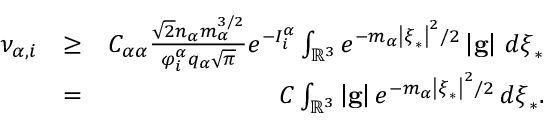
\begin{array} { r l r } { \nu _ { \alpha , i } } & { \geq } & { C _ { \alpha \alpha } \frac { \sqrt { 2 } n _ { \alpha } m _ { \alpha } ^ { 3 / 2 } } { \varphi _ { i } ^ { \alpha } q _ { \alpha } \sqrt { \pi } } e ^ { - I _ { i } ^ { \alpha } } \int _ { \mathbb { R } ^ { 3 } } e ^ { - m _ { \alpha } \left\vert \boldsymbol { \xi } _ { \ast } \right\vert ^ { 2 } / 2 } \left\vert \mathbf { g } \right\vert \, d \boldsymbol { \xi } _ { \ast } } \\ & { = } & { C \int _ { \mathbb { R } ^ { 3 } } \left\vert \mathbf { g } \right\vert e ^ { - m _ { \alpha } \left\vert \boldsymbol { \xi } _ { \ast } \right\vert ^ { 2 } / 2 } \, d \boldsymbol { \xi } _ { \ast } \mathrm { . } } \end{array}